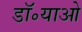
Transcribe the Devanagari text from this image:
डॉ॰याओ